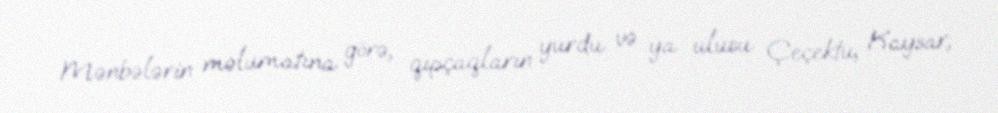
Mənbələrin məlumatına görə, qıpçaqların yurdu və ya ulusu Çeçektu, Kaysar,